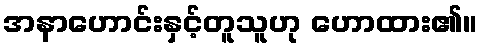
အနာဟောင်းနှင့်တူသူဟု ဟောထား၏။